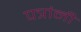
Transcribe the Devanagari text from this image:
पत्रांनी